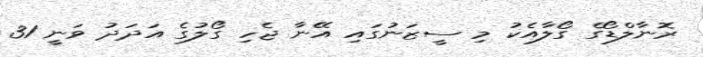
ރޮނާލްޑޯގެ ގޯލާއެކު މި ސީޒަނުގައި އޭނާ ޖެހި ގޯލުގެ އަދަދު ވަނީ 31